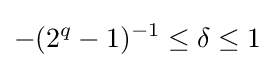
-(2^{q}-1)^{-1}\leq \delta \leq 1